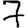
Digit: 7